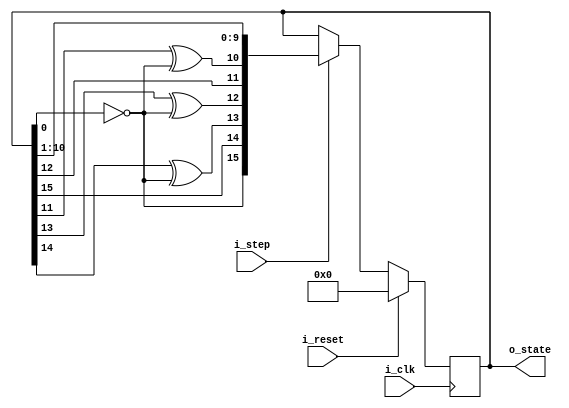
module lfsr3(i_clk, i_reset, i_step, o_state);
parameter W=16;
parameter K='hb400;

input wire i_clk;
input wire i_reset;
input wire i_step;	// step lfsr

output reg [W-1:0] o_state;

wire [W-1:0] next_state;

genvar i;
assign next_state[W-1] = ~o_state[0];
generate for (i = 0; i < W-1; i = i + 1)
if (|(K & (1<<i)))
assign next_state[i] = o_state[i+1] ^ ~o_state[0];
else
assign next_state[i] = o_state[i+1];
endgenerate

always @(posedge i_clk)
	if (i_reset)
		o_state <= 0;
	else if (i_step) begin
		o_state <= next_state;
	end
endmodule